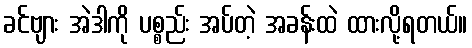
ခင်ဗျား အဲဒါကို ပစ္စည်း အပ်တဲ့ အခန်းထဲ ထားလို့ရတယ်။